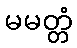
မမတ္တံ